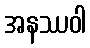
အနဿဝါ